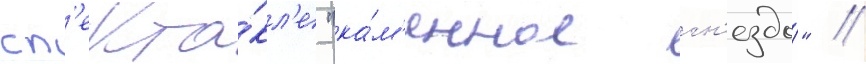
сп'екта́кл'е "ка́м'енное гн'ездо́" //